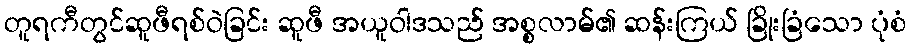
တူရကီတွင်ဆူဖီရစ်ဝဲခြင်း ဆူဖီ အယူဝါဒသည် အစ္စလာမ်၏ ဆန်းကြယ် ခြိုးခြံသော ပုံစံ